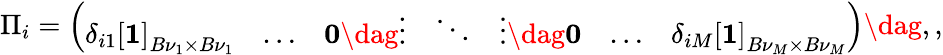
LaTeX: \begin{array}{r}{\Pi_{i}=\left(\begin{array}{lllllll}{\delta_{i1}\left[\mathbf{1}\right]_{B{\nu}_{1}\times B{\nu}_{1}}}&{\dots}&{\mathbf{0}\dag\vdots}&{\ddots}&{\vdots\dag\mathbf{0}}&{\dots}&{\delta_{iM}\left[\mathbf{1}\right]_{B{\nu}_{M}\times B{\nu}_{M}}}\end{array}\right)\dag,,}\end{array}